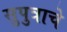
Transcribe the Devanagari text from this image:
सुपुत्राचे